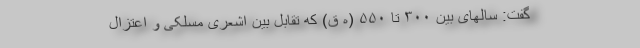
گفت: سالهای بین ۳۰۰ تا ۵۵۰ (ه ق) که تقابل بین اشعری مسلکی و اعتزال